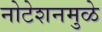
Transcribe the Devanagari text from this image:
नोटेशनमुळे